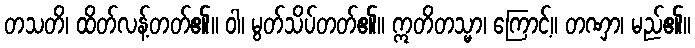
တသတိ၊ ထိတ်လန့်တတ်၏။ ဝါ၊ မွတ်သိပ်တတ်၏။ ဣတိတသ္မာ၊ ကြောင့်။ တဏှာ၊ မည်၏။